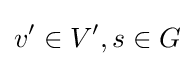
v'\in V',s\in G